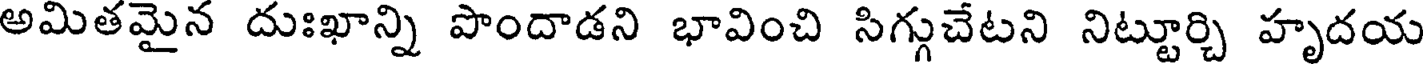
అమితమైన దుఃఖాన్ని పొందాడని భావించి సిగ్గుచేటని నిట్టూర్చి హృదయ